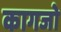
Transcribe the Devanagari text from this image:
कागजो